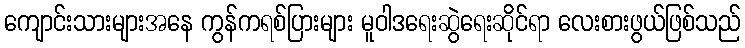
ကျောင်းသားများအနေ ကွန်ကရစ်ပြားများ မူဝါဒရေးဆွဲရေးဆိုင်ရာ လေးစားဖွယ်ဖြစ်သည်